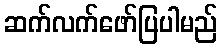
ဆက်လက်ဖော်ပြပါမည်